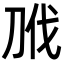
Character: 𭃝